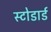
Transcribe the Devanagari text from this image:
स्टोडार्ड